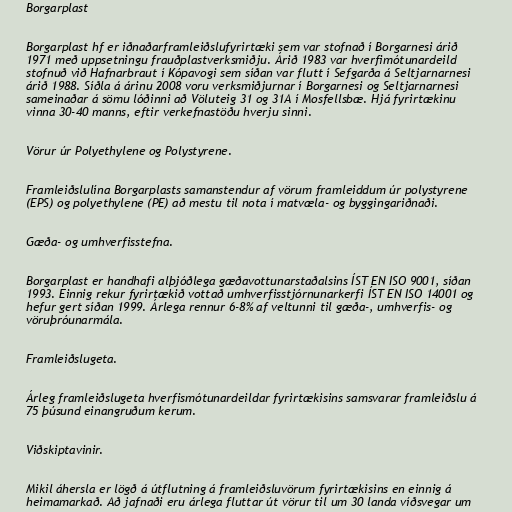
Borgarplast

Borgarplast hf er iðnaðarframleiðslufyrirtæki sem var stofnað í Borgarnesi árið
1971 með uppsetningu frauðplastverksmiðju. Árið 1983 var hverfimótunardeild
stofnuð við Hafnarbraut í Kópavogi sem síðan var flutt í Sefgarða á Seltjarnarnesi
árið 1988. Síðla á árinu 2008 voru verksmiðjurnar í Borgarnesi og Seltjarnarnesi
sameinaðar á sömu lóðinni að Völuteig 31 og 31A í Mosfellsbæ. Hjá fyrirtækinu
vinna 30-40 manns, eftir verkefnastöðu hverju sinni.

Vörur úr Polyethylene og Polystyrene.

Framleiðslulína Borgarplasts samanstendur af vörum framleiddum úr polystyrene
(EPS) og polyethylene (PE) að mestu til nota í matvæla- og byggingariðnaði.

Gæða- og umhverfisstefna.

Borgarplast er handhafi alþjóðlega gæðavottunarstaðalsins ÍST EN ISO 9001, síðan
1993. Einnig rekur fyrirtækið vottað umhverfisstjórnunarkerfi ÍST EN ISO 14001 og
hefur gert síðan 1999. Árlega rennur 6-8% af veltunni til gæða-, umhverfis- og
vöruþróunarmála.

Framleiðslugeta.

Árleg framleiðslugeta hverfismótunardeildar fyrirtækisins samsvarar framleiðslu á
75 þúsund einangruðum kerum.

Viðskiptavinir.

Mikil áhersla er lögð á útflutning á framleiðsluvörum fyrirtækisins en einnig á
heimamarkað. Að jafnaði eru árlega fluttar út vörur til um 30 landa víðsvegar um